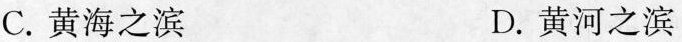
C.黄海之滨 D.黄河之滨